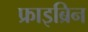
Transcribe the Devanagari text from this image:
फ्राइब्रिन